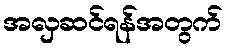
အလှဆင်ရန်အတွက်